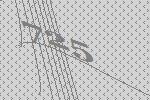
725